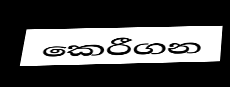
කෙරීගන